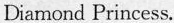
Diamond Princess.